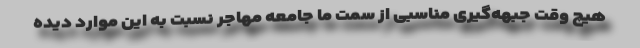
هیچ وقت جبهه‌گیری مناسبی از سمت ما جامعه مهاجر نسبت به این موارد دیده